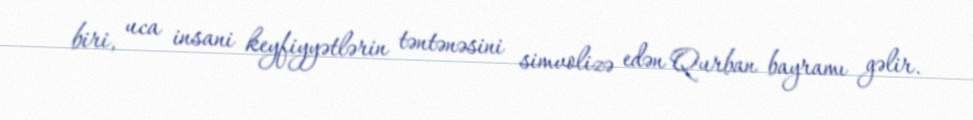
biri, uca insani keyfiyyətlərin təntənəsini simvolizə edən Qurban bayramı gəlir.